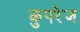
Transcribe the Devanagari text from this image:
कुपरेज